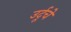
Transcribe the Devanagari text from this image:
उर्दूचे